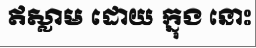
ឥស្លាម ដោយ ក្នុង នោះ